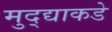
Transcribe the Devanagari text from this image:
मुद्द्याकडे